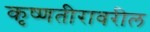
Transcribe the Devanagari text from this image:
कृष्णतीरावरील